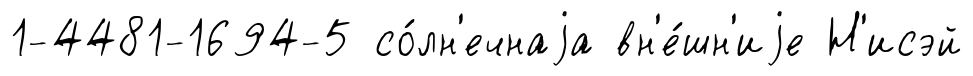
1-4481-1694-5 со́лн'ечнаjа вн'е́шн'иjе Н'исэй